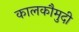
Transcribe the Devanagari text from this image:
कालकौमुदी